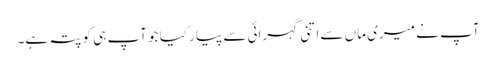
آپ نے میری ماں سے اتنی گہرائی سے پیار کیا جو آپ ہی کو پتہ ہے۔